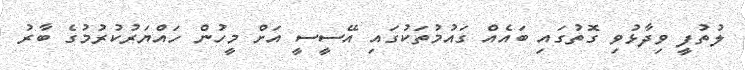
ލުތުފީ ވިދާޅުވި ގޮތުގައި ބައެއް ގައުމުތަކުގައި އޭސީސީ އަށް މީހުން ހައްޔަރުކުރުމުގެ ބާރު